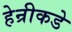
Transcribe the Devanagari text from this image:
हेन्रीकडे